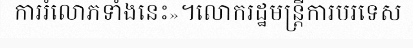
ការរំលោភទាំងនេះ»។លោករដ្ឋមន្ត្រីការបរទេស